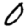
Digit: 0